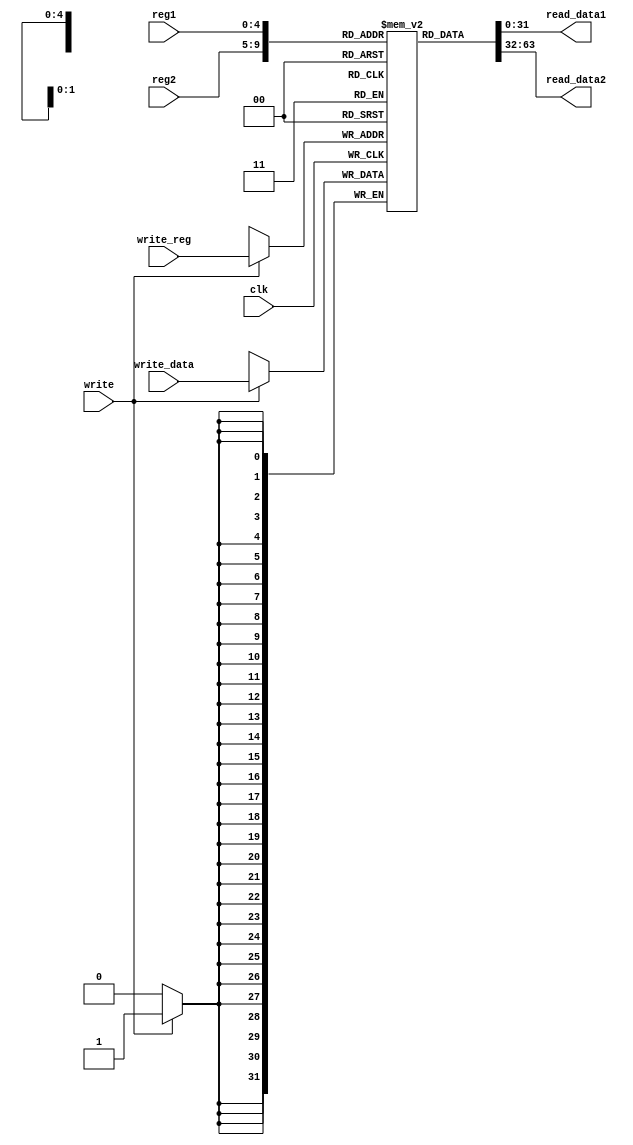
module register(reg1,reg2,write_reg,write_data,write,clk,read_data1,read_data2);
	input[4:0] reg1,reg2,write_reg;
	input[31:0] write_data;
	input clk,write;
	output[31:0] read_data1,read_data2;
	reg signed[31:0] r [0:31];
	reg [5:0]i;
	
	assign read_data1 = r[reg1];
	assign read_data2 = r[reg2];

	initial 
	begin
		for(i = 0 ; i < 32 ; i = i+1)
		begin
			r[i] = 32'b0;
		end
	end

	always@(posedge clk)
	begin
		if (write)
			r[write_reg] <= write_data;
	end

endmodule